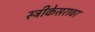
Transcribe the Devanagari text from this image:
स्त्रीकेसरावर